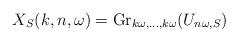
LaTeX: \begin{align*}X_S(k,n,\omega)={\rm Gr}_{k\omega,\dots,k\omega}(U_{n\omega,S})\end{align*}